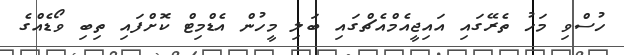
ހުސްވި މަހު ތެރޭގައި އައިޖީއެމްއެޗްގައި ބަލި މީހުން އެޑްމިޓް ކޮށްފައި ތިބި ވޯޑެއްގެ